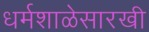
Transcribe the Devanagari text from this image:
धर्मशाळेसारखी